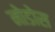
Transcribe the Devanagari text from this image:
नोडोस